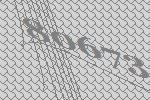
80673